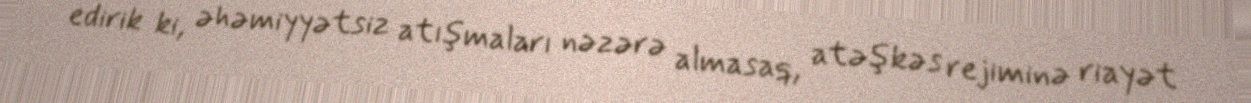
edirik ki, əhəmiyyətsiz atışmaları nəzərə almasaq, atəşkəs rejiminə riayət